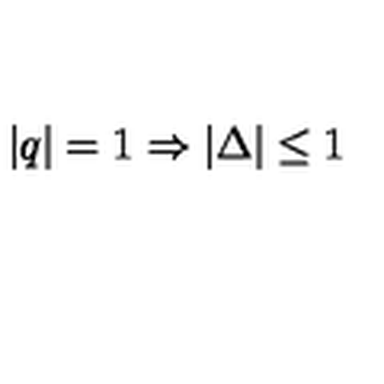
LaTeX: | q | = 1 \Rightarrow | \Delta | \leq 1